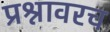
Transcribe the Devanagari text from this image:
प्रश्नावरच